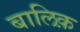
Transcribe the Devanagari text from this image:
बालिक़